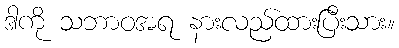
ဒါကို သဘာဝအရ နားလည်ထားပြီးသား။